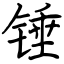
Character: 锤